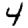
Digit: 4